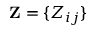
\mathbf { Z } = \{ Z _ { i j } \}